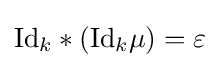
{\text{Id}}_{k}*({\text{Id}}_{k}\mu )=\varepsilon